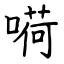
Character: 嗬